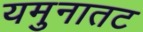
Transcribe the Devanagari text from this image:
यमुनातट